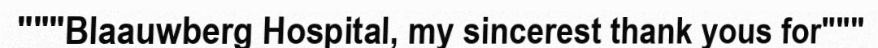
"""Blaauwberg Hospital, my sincerest thank yous for"""